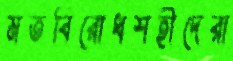
মতবিরোধশহীদেরা